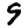
Digit: 9